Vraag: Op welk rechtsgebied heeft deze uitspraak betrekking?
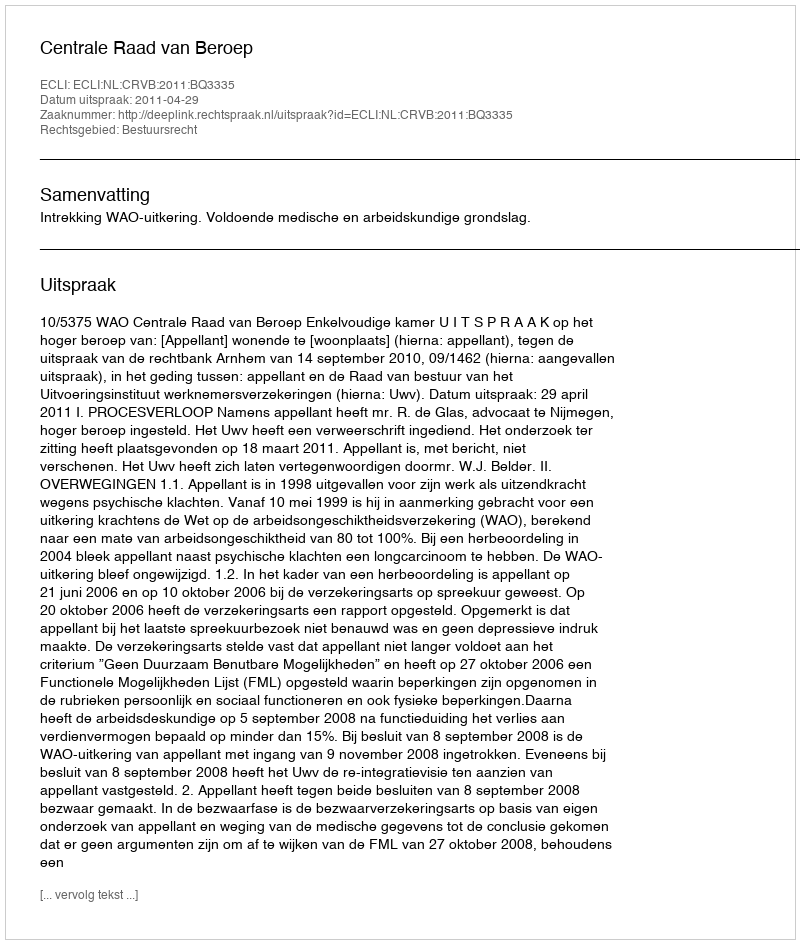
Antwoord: Bestuursrecht